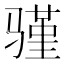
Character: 𬴆